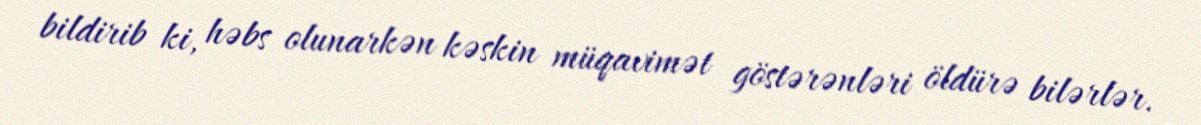
bildirib ki, həbs olunarkən kəskin müqavimət göstərənləri öldürə bilərlər.